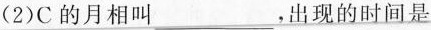
(2)C的月相叫___，出现的时间是